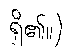
ရှိ၏။)